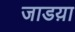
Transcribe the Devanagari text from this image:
जाडय़ा